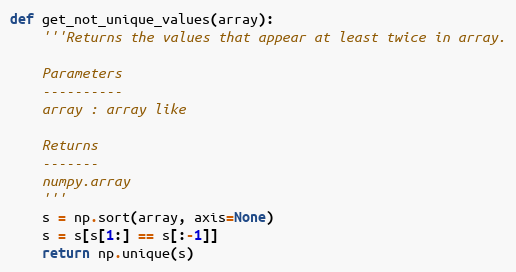
Language: Python
def get_not_unique_values(array):
    '''Returns the values that appear at least twice in array.

    Parameters
    ----------
    array : array like

    Returns
    -------
    numpy.array
    '''
    s = np.sort(array, axis=None)
    s = s[s[1:] == s[:-1]]
    return np.unique(s)